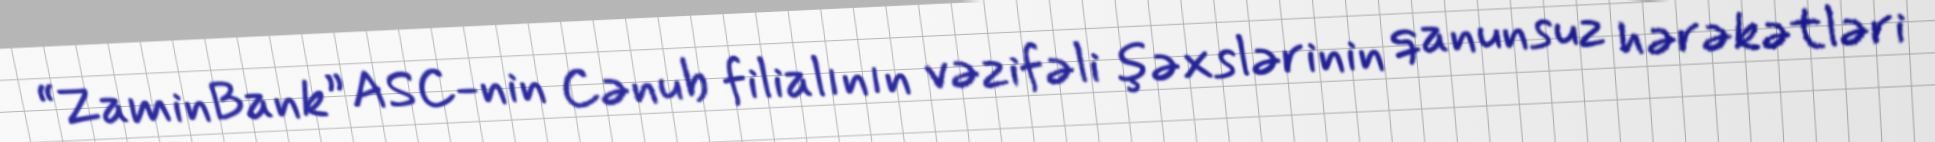
“ZaminBank” ASC-nin Cənub filialının vəzifəli şəxslərinin qanunsuz hərəkətləri